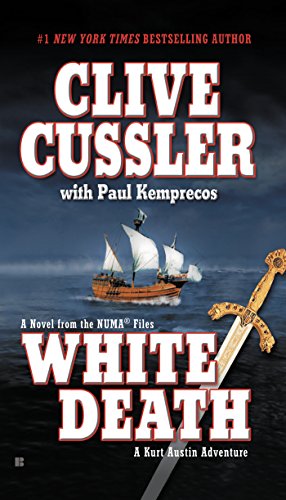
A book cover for White Death (The NUMA Files); Clive Cussler; Literature & Fiction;